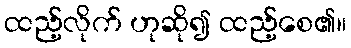
ထည့်လိုက် ဟုဆို၍ ထည့်စေ၏။